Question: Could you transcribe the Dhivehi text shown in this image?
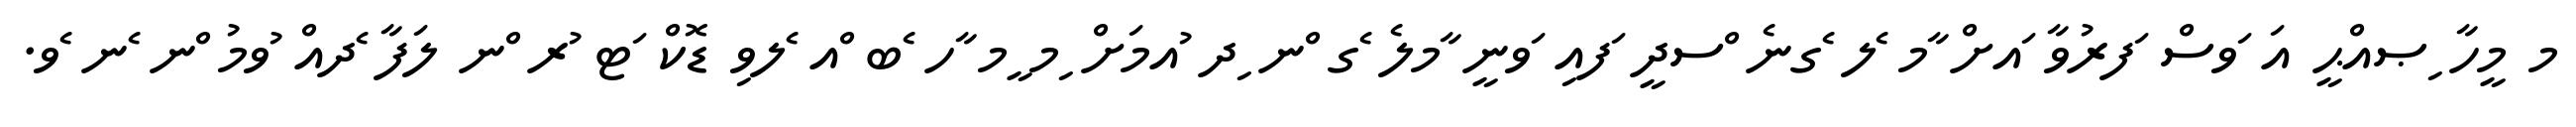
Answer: މ މީހާ ިޞއްޙީ އަ ަވސް ަފރުވާ ައށް ާމ ެލ ެގނެ ްސދީ ަފއި ަވނީ ާމލެ ެގ ްނ ިދ ުއމަށް ިމ ީމ ާހ ެބ ްއ ެލވި ޑޮކް ަޓ ުރ ްނ ލަފާ ެދއް ުވމު ްނ ެނ ެވ.